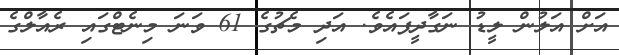
އަށް އަލުން ލީޑު ނަގާދީފައެވެ. އަދި މެޗުގެ 61 ވަނަ މިނެޓްގައި ރެއާލްގެ